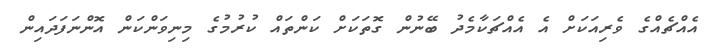
އެއްޗެއްގެ ވެރިއަކަށް އެ އެއްޗަކާމެދު ބޭނުން ގޮތަކަށް ކަންތައް ކުރުމުގެ މިނިވަންކަން އޮންނަފަދައިން